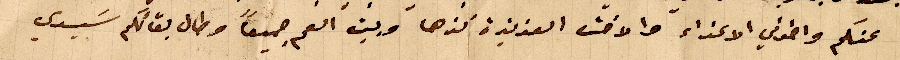
عنكم واخوتي الاعزاء والاخت العزيزة نزها وبيت العم جميعاً وطال بقائكم سَيدي